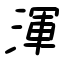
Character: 渾